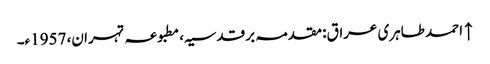
↑ احمد طاہری عراق: مقدمہ بر قدسیہ، مطبوعہ تہران، 1957ء۔